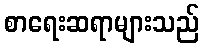
စာရေးဆရာများသည်